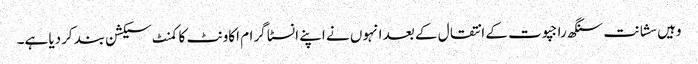
وہیں سشانت سنگھ راجپوت کے انتقال کے بعد انہوں نے اپنے انسٹا گرام اکاونٹ کا کمنٹ سیکشن بند کردیا ہے۔